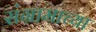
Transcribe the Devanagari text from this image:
संग्रामाच्या